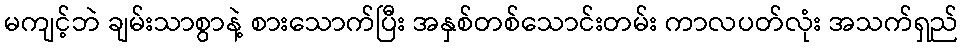
မကျင့်ဘဲ ချမ်းသာစွာနဲ့ စားသောက်ပြီး အနှစ်တစ်သောင်းတမ်း ကာလပတ်လုံး အသက်ရှည်